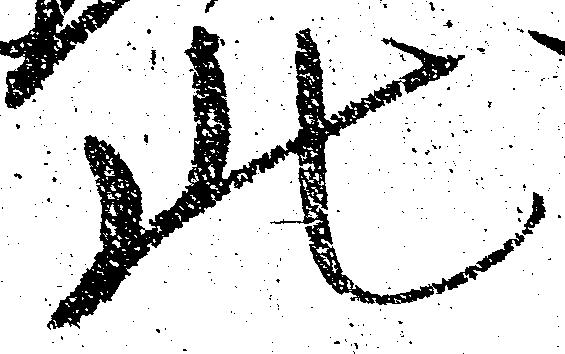
此